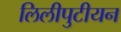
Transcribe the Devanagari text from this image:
लिलीपुटीयन